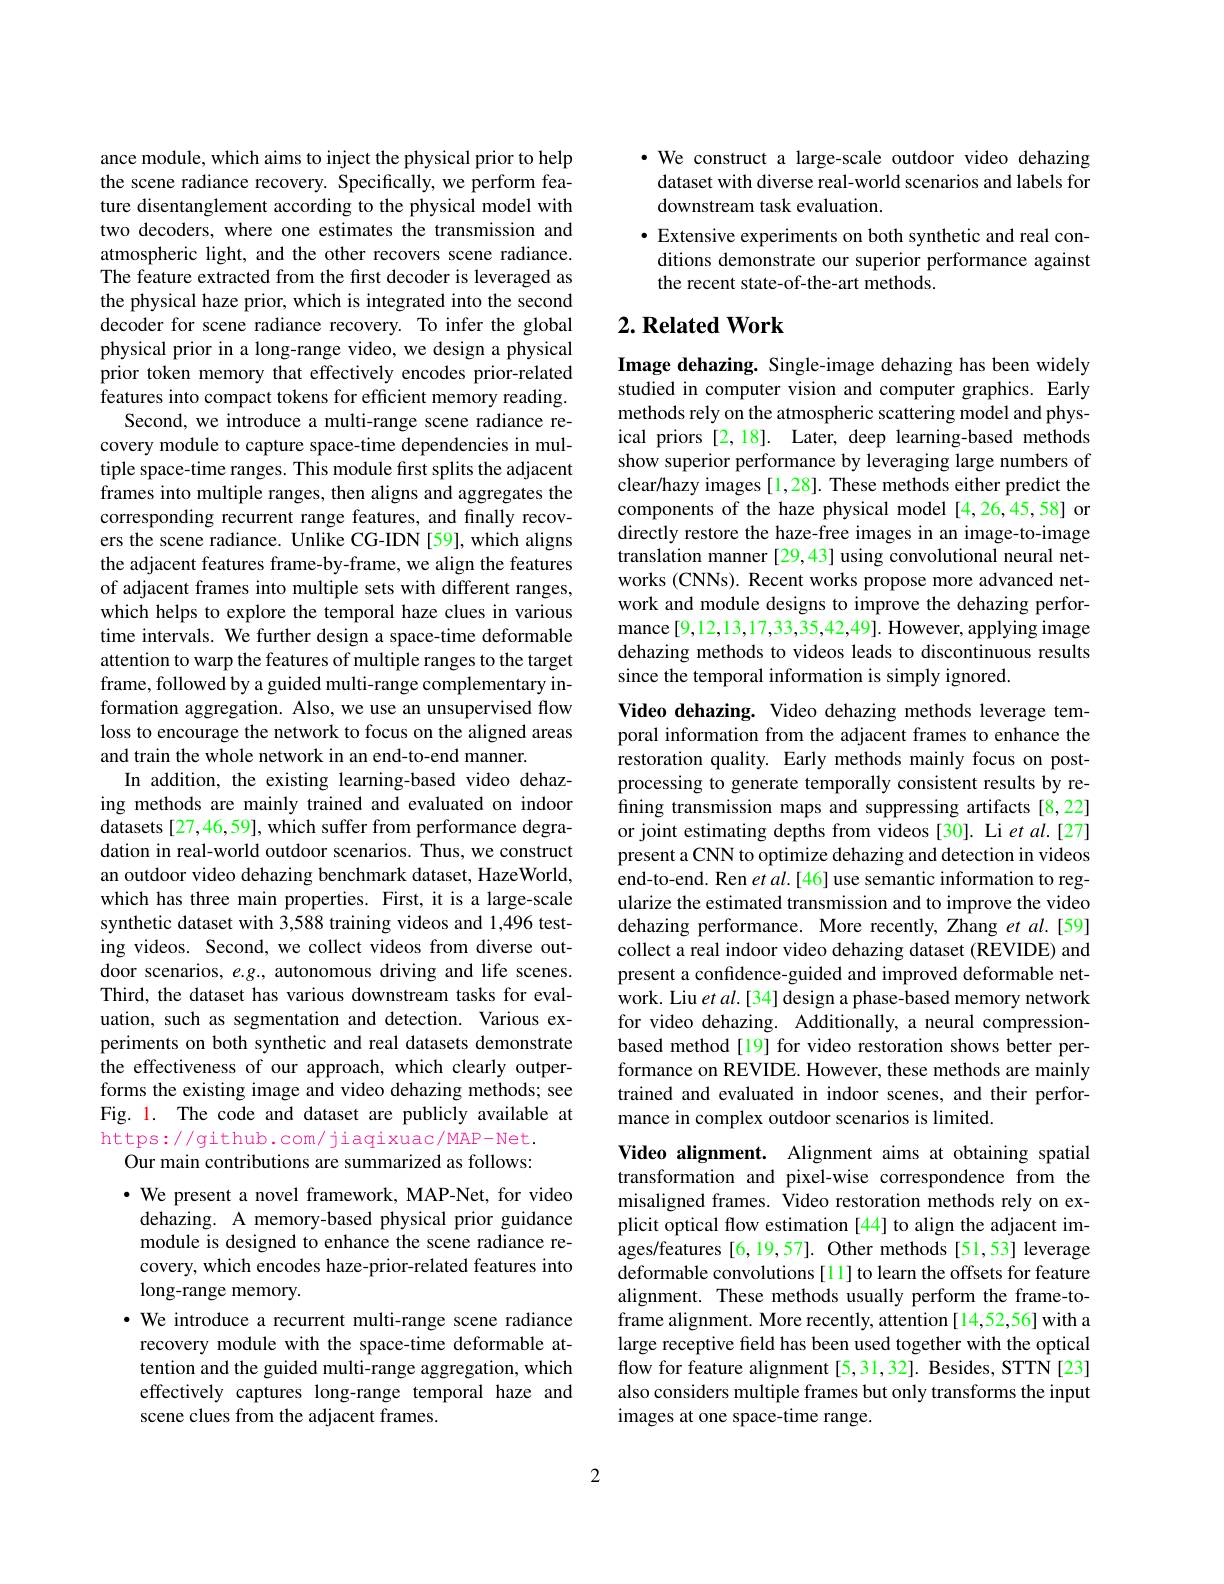
ance module, which aims to inject the physical prior to help the scene radiance recovery. Specifically, we perform feature disentanglement according to the physical model with two decoders, where one estimates the transmission and atmospheric light, and the other recovers scene radiance. The feature extracted from the first decoder is leveraged as the physical haze prior, which is integrated into the second decoder for scene radiance recovery. To infer the global physical prior in a long-range video, we design a physical prior token memory that effectively encodes prior-related features into compact tokens for efficient memory reading.
Second, we introduce a multi-range scene radiance recovery module to capture space-time dependencies in multiple space-time ranges. This module first splits the adjacent frames into multiple ranges, then aligns and aggregates the corresponding recurrent range features, and finally recovers the scene radiance. Unlike CG-IDN [59], which aligns the adjacent features frame-by-frame, we align the features of adjacent frames into multiple sets with different ranges, which helps to explore the temporal haze clues in various time intervals. We further design a space-time deformable attention to warp the features of multiple ranges to the target frame, followed by a guided multi-range complementary information aggregation. Also, we use an unsupervised flow loss to encourage the network to focus on the aligned areas and train the whole network in an end-to-end manner.
In addition, the existing learning-based video dehazing methods are mainly trained and evaluated on indoor datasets [27,46,59], which suffer from performance degradation in real-world outdoor scenarios. Thus, we construct an outdoor video dehazing benchmark dataset, HazeWorld, which has three main properties. First, it is a large-scale synthetic dataset with 3,588 training videos and 1,496 testing videos. Second, we collect videos from diverse outdoor scenarios, $e.g.$, autonomous driving and life scenes. Third, the dataset has various downstream tasks for evaluation, such as segmentation and detection. Various experiments on both synthetic and real datasets demonstrate the effectiveness of our approach, which clearly outperforms the existing image and video dehazing methods; see Fig. 1. The code and dataset are publicly available at https://github.com/jiaqixuac/MAP-Net.

Our main contributions are summarized as follows:

$\cdot$ We present a novel framework, MAP-Net, for video dehazing. A memory-based physical prior guidance module is designed to enhance the scene radiance recovery, which encodes haze-prior-related features into long-range memory.
·We introduce a recurrent multi-range scene radiance recovery module with the space-time deformable attention and the guided multi-range aggregation, which effectively captures long-range temporal haze and scene clues from the adjacent frames.

·We construct a large-scale outdoor video dehazing dataset with diverse real-world scenarios and labels for downstream task evaluation.
· Extensive experiments on both synthetic and real conditions demonstrate our superior performance against the recent state-of-the-art methods.

## $2. \textbf{Related Work}$

Image dehazing. Single-image dehazing has been widely studied in computer vision and computer graphics. Early methods rely on the atmospheric scattering model and physical priors [2,18]. Later, deep learning-based methods show superior performance by leveraging large numbers of clear/hazy images [1,28]. These methods either predict the components of the haze physical model [4,26,45,58] or directly restore the haze-free images in an image-to-image translation manner [29,43] using convolutional neural networks (CNNs). Recent works propose more advanced network and module designs to improve the dehazing performance [9,12,13,17,33,35,42,49]. However, applying image dehazing methods to videos leads to discontinuous results since the temporal information is simply ignored.

Video dehazing. Video dehazing methods leverage temporal information from the adjacent frames to enhance the restoration quality. Early methods mainly focus on postprocessing to generate temporally consistent results by refining transmission maps and suppressing artifacts[8,22] or joint estimating depths from videos [30]. Li et al.[27] present a CNN to optimize dehazing and detection in videos end-to-end. Ren $etal.[46]$use semantic information to regularize the estimated transmission and to improve the video dehazing performance. More recently, Zhang et al.[59] collect a real indoor video dehazing dataset (REVIDE) and present a confidence-guided and improved deformable network. Liu $etal.[34]$ design a phase-based memory network for video dehazing. Additionally, a neural compressionbased method[19] for video restoration shows better performance on REVIDE. However, these methods are mainly trained and evaluated in indoor scenes, and their performance in complex outdoor scenarios is limited.
Video alignment. Alignment aims at obtaining spatial

transformation and pixel-wise correspondence from the misaligned frames. Video restoration methods rely on explicit optical flow estimation [44] to align the adjacent images/features [6,19,57]. Other methods [51,53] leverage deformable convolutions[11] to learn the offsets for feature alignment. These methods usually perform the frame-toframe alignment. More recently, attention [14,52,56] with a large receptive feld has been used together with the optical flow for feature alignment [5,31,32]. Besides, STTN [23] also considers multiple frames but only transforms the input images at one space-time range.

2